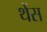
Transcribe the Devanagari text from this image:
थेंस